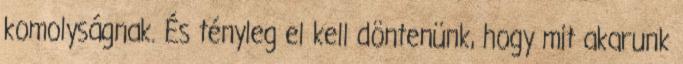
komolyságnak. És tényleg el kell döntenünk, hogy mit akarunk